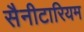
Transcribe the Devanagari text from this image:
सैनीटारियम